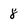
Character: 8